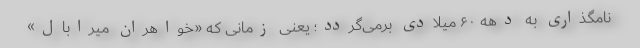
نامگذاری به دهه ۶۰ میلادی برمی‌گردد؛ یعنی زمانی که «خواهران میرابال»